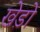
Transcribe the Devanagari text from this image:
खेड़ो